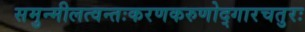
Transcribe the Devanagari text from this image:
समुन्मीलत्वन्तःकरणकरुणोद्गारचतुरः